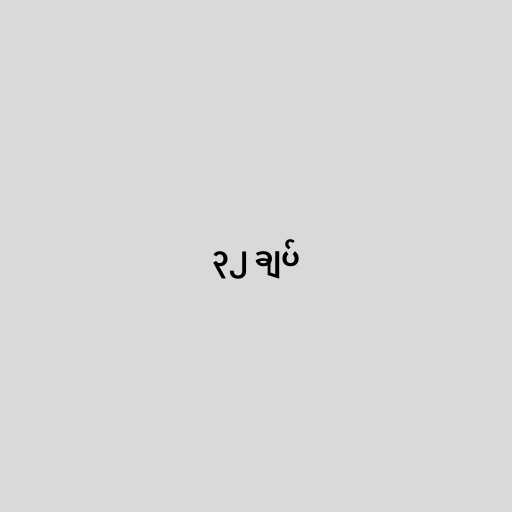
၃၂ ချပ်